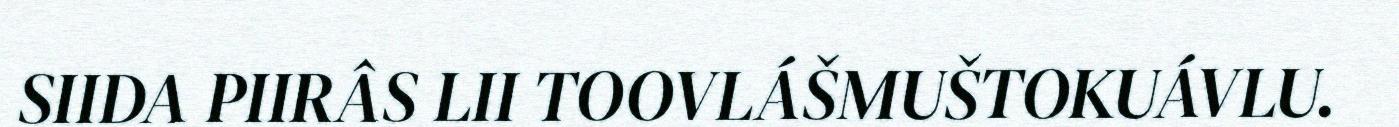
SIIDA PIIRÂS LII TOOVLÁŠMUŠTOKUÁVLU.